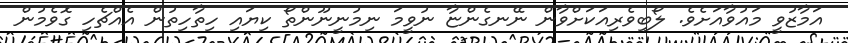
އަމާޒުވީ މައުވާއަށެވެ. ލޯބިވެރިއަކަށްވާން ނޭނގެންޏާ ނުވީމަ ނިމުނީނޫންތޯ ކިޔައި ހިތާހިތުން އެއްޗެހި ގޮވެމުން